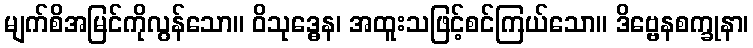
မျက်စိအမြင်ကိုလွန်သော။ ဝိသုဒ္ဓေန၊ အထူးသဖြင့်စင်ကြယ်သော။ ဒိဗ္ဗေနစက္ခုနာ၊